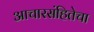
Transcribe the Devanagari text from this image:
आचारसंहितेचा